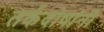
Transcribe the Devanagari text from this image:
तर्कदोषांनी